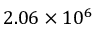
2 . 0 6 \times 1 0 ^ { 6 }